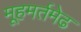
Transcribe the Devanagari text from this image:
मूहमर्तमेढ